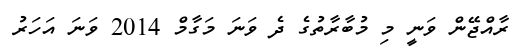
ރާއްޖޭން ވަނީ މި މުބާރާތުގެ ދެ ވަނަ މަގާމް 2014 ވަނަ އަހަރު